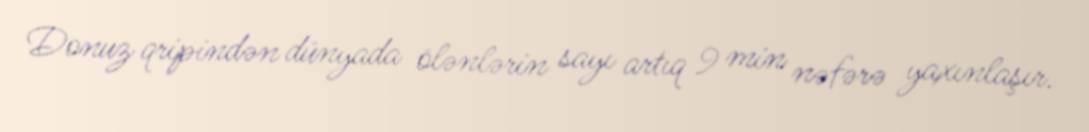
Donuz qripindən dünyada ölənlərin sayı artıq 9 min nəfərə yaxınlaşır.